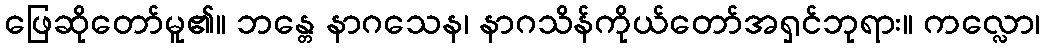
ဖြေဆိုတော်မူ၏။ ဘန္တေ နာဂသေန၊ နာဂသိန်ကိုယ်တော်အရှင်ဘုရား။ ကလ္လော၊